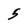
Character: 5